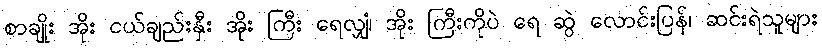
စာချိုး အိုး ငယ်ချည်းနှီး အိုး ကြီး ရေလျှံ၊ အိုး ကြီးကိုပဲ ရေ ဆွဲ လောင်းပြန်၊ ဆင်းရဲသူများ